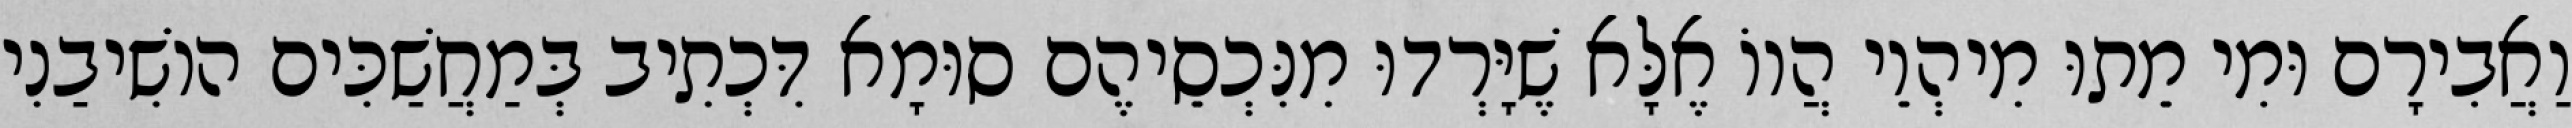
וַאֲבִירָם וּמִי מֵתוּ מִיהְוֵי הֲווֹ אֶלָּא שֶׁיָּרְדוּ מִנִּכְסֵיהֶם סוּמָא דִּכְתִיב בְּמַחֲשַׁכִּים הוֹשִׁיבַנִי